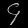
Digit: ၄